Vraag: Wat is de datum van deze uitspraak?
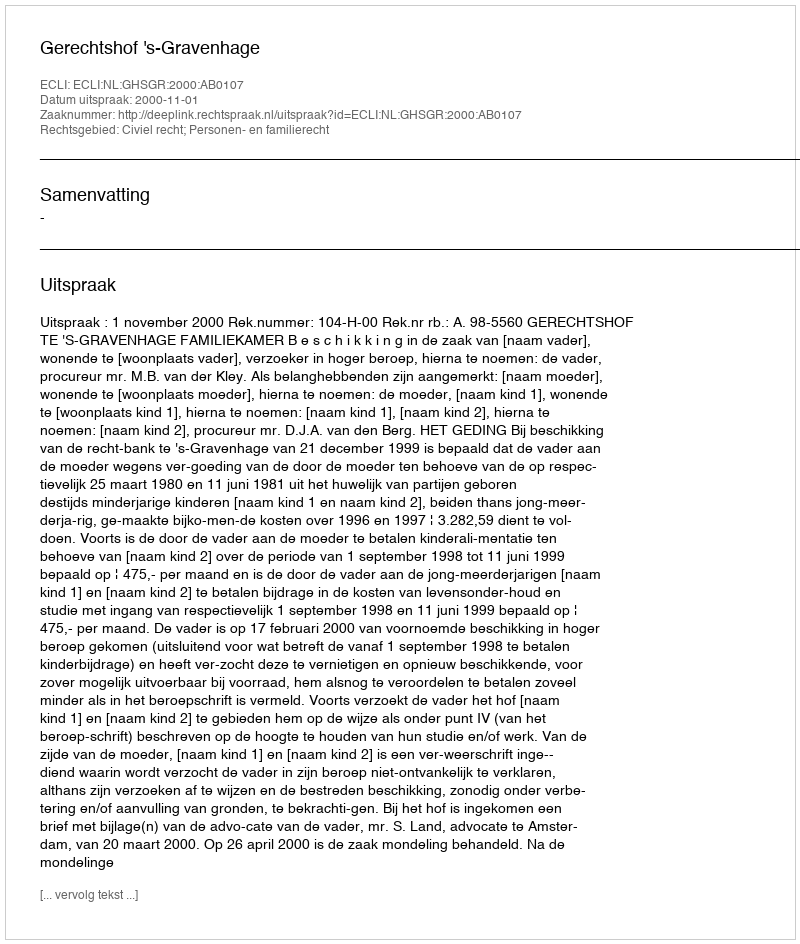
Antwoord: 2000-11-01